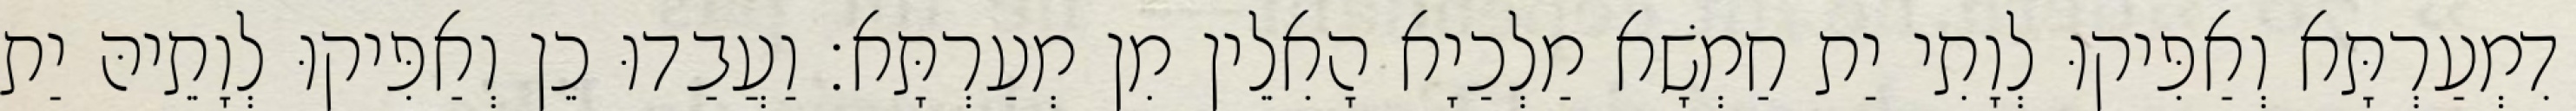
דִמְעַרְתָּא וְאַפִּיקוּ לְוָתִי יַת חַמְשָׁא מַלְכַיָא הָאִלֵין מִן מְעַרְתָּא׃ וַעֲבַדוּ כֵן וְאַפִּיקוּ לְוָתֵיהּ יַת